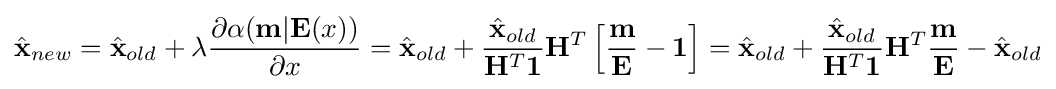
{\hat {\mathbf {x} }}_{new}={\hat {\mathbf {x} }}_{old}+\lambda {\frac {\partial \alpha (\mathbf {m} \vert \mathbf {E} (x))}{\partial x}}={\hat {\mathbf {x} }}_{old}+{\frac {{\hat {\mathbf {x} }}_{old}}{{\mathbf {H} ^{T}}\mathbf {1} }}{\mathbf {H} ^{T}}\left[{\frac {\mathbf {m} }{\mathbf {E} }}-\mathbf {1} \right]={\hat {\mathbf {x} }}_{old}+{\frac {{\hat {\mathbf {x} }}_{old}}{\mathbf {H} ^{T}\mathbf {1} }}\mathbf {H} ^{T}{\frac {\mathbf {m} }{\mathbf {E} }}-{\hat {\mathbf {x} }}_{old}